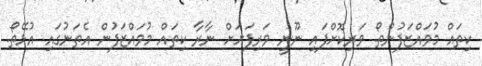
ކިތައް މުވައްޒަފުންތޯ. ވަރިކޮށްފައި ނޫނީ ވަރިފަށަށް ނާރާ ކިތައް މުވައްޒަފުން އެތަނުގައި އުޅޭތޯ.